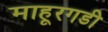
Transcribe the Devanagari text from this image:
माहूरगडी